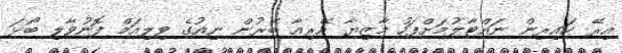
އިރޭ ކައިރިން ނައްޓާލުމަށްފަހު މާޒިޔާ އޭރިއާ ބޭރުން ނިއުގެ ވިލިއަމް ފޮނުވާލި ބޯޅަ